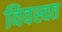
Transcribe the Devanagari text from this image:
विवस्वत